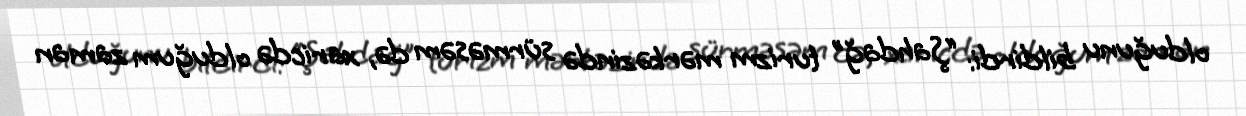
olduğunu bildirdi: “Şahdağ” turizm mərkəzində sürməsəm də, xaricdə olduğum zaman